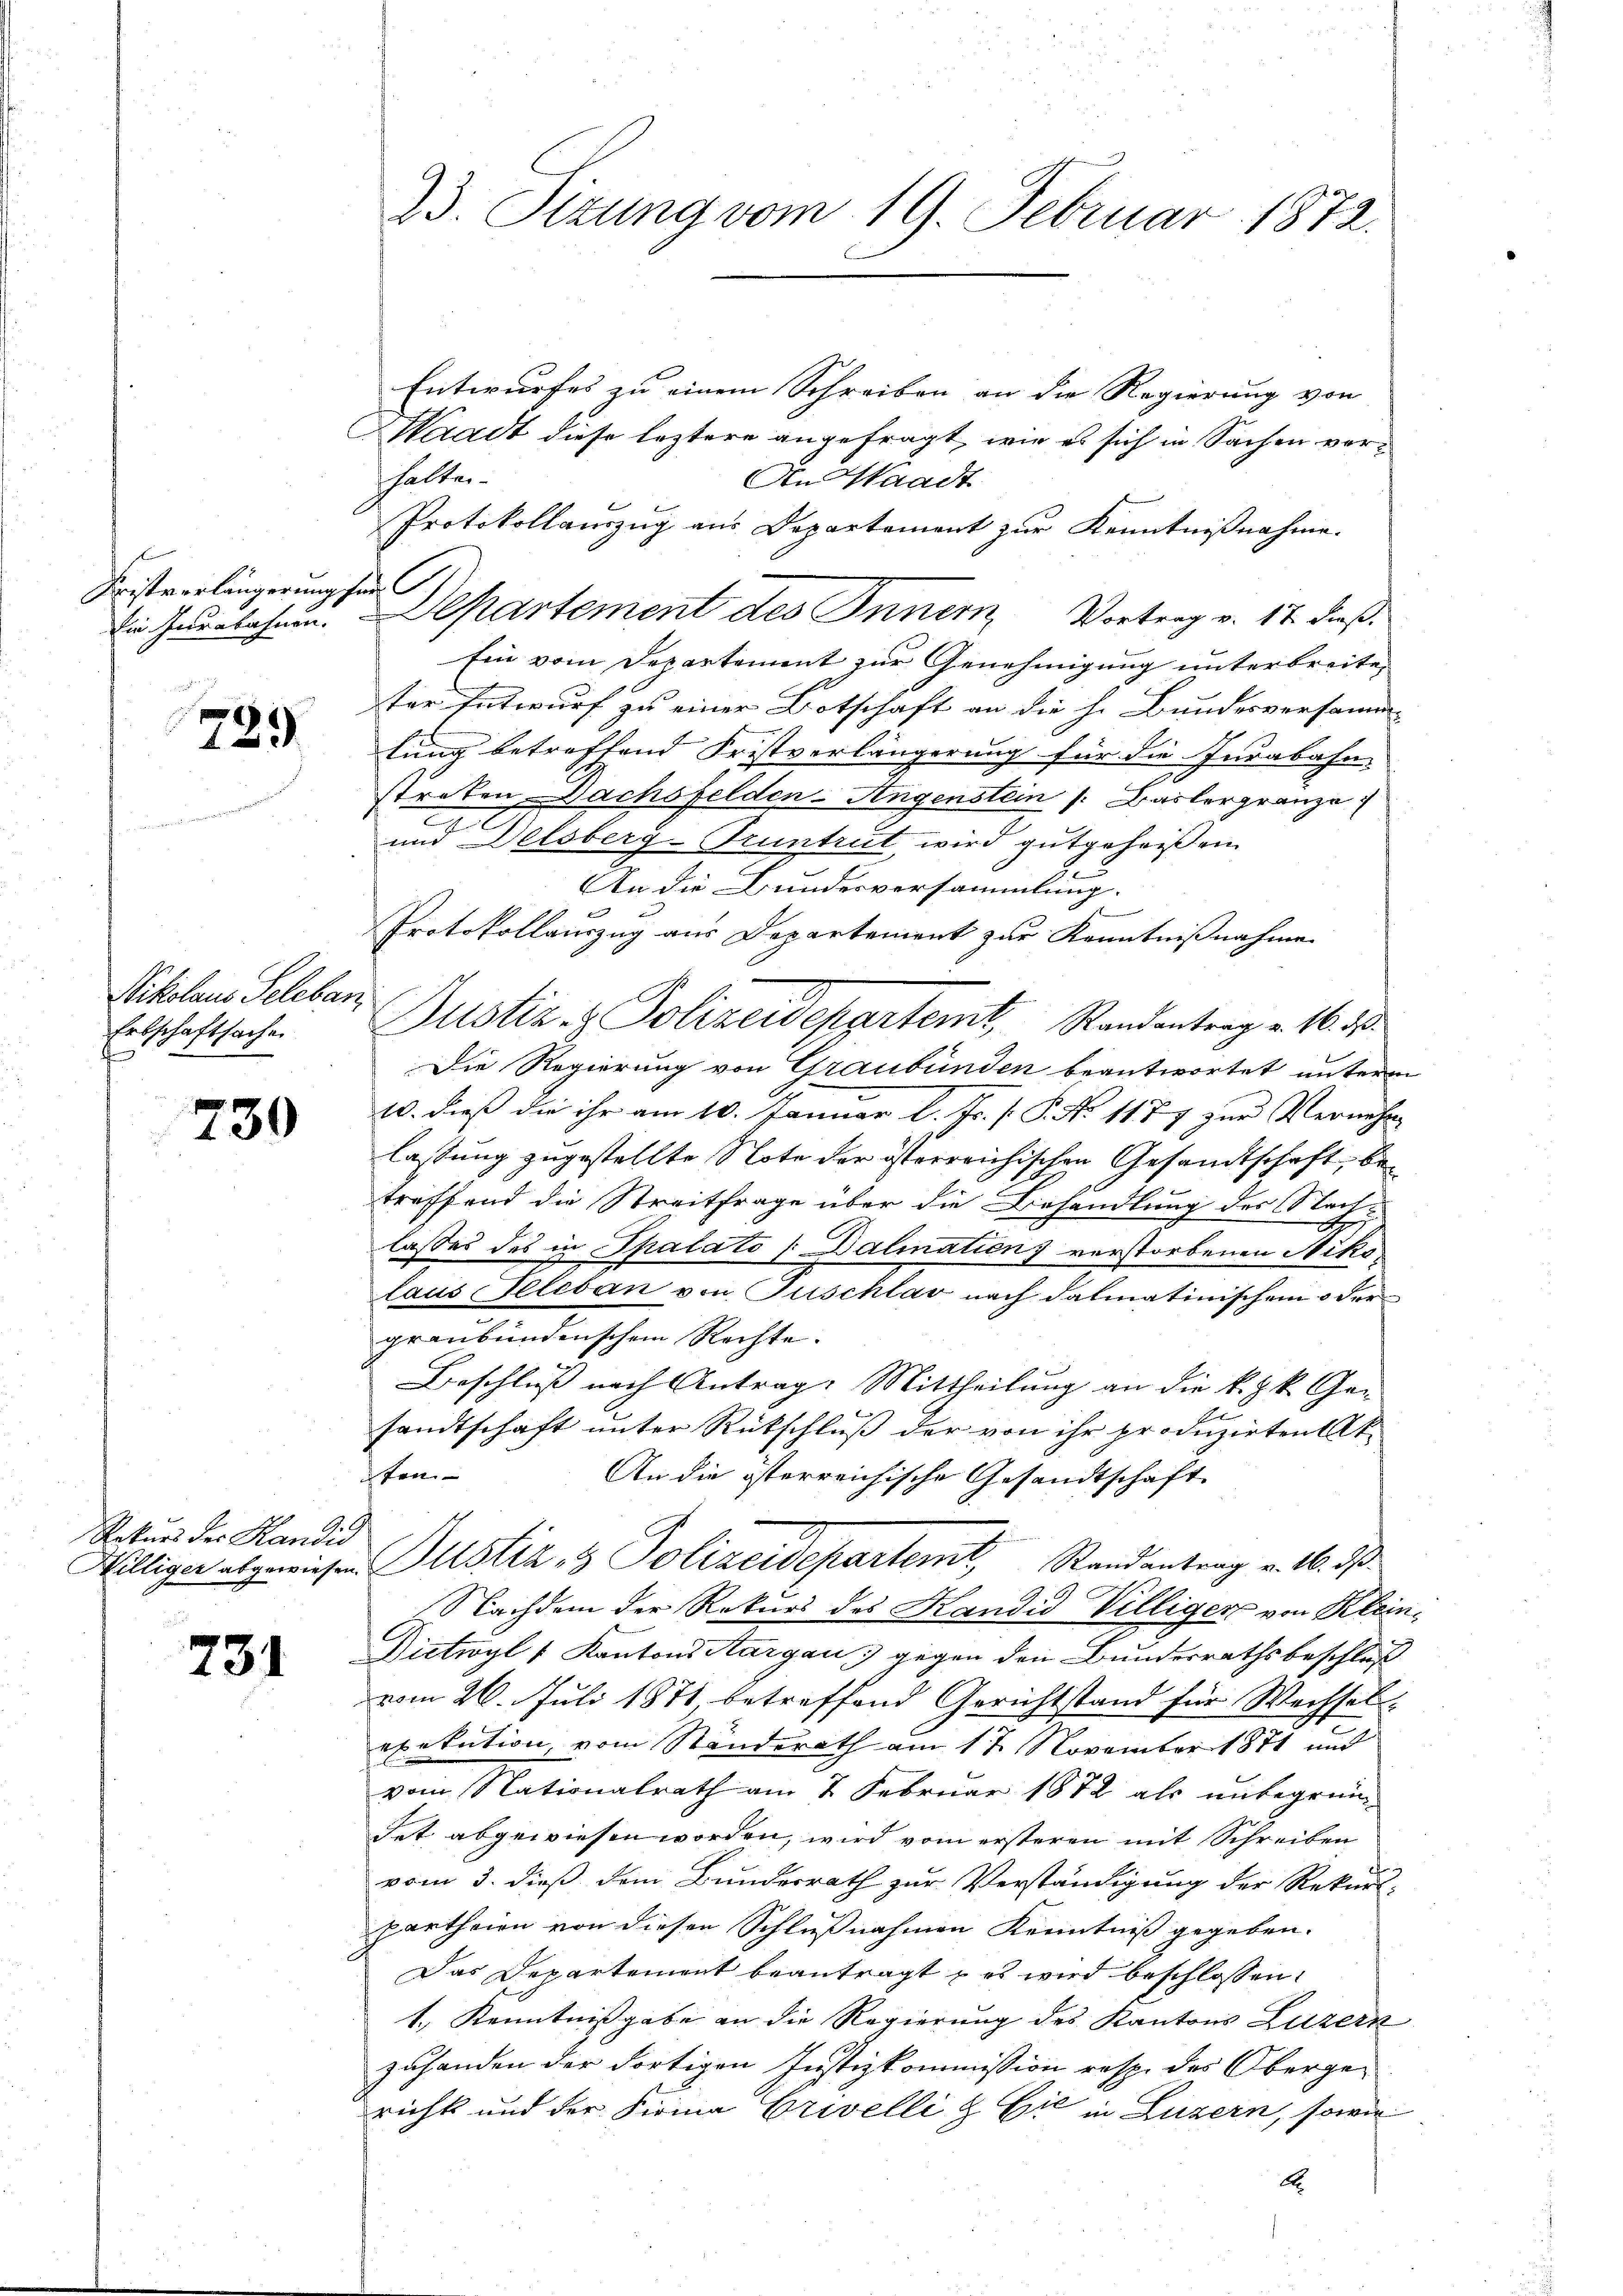
Fristverlängerung se
Die Indebahnen.

729.

Sikolaus Seleban
Erbschaftsache

730

Rekurs der Handid

731.

23. Sizung vom 19. Februar 1872.

Entwurfes zu einem Schreiben an die Regierung von
Waadt diese leztere angefragt, wie es sich in Sachen verhalten.
An Waadt
Protokollauszug aus Departement zur Kenntnißnahme.
Ein vom Departement zur Genehmigung unterbreite,
ter Entwurf zu einer Botschaft an die h. Bundesversamm
lung betreffend Fristverlängerung für die Jurabahn-
straten Dachsfelden-Augenstein /: Baslergränze
und Delsberg-Truntrut, wird gutgeheißen
An die Bundesversammlung.
Protokollauszug aus Departement zur Kenntnißnahme.
Justiz- & Polizeidepartemt. Randantrag v. 16. 18
Die Regierung von Graubünden beantwortet untern
10. dieß die ihr am 10. Januar l. Js. f. P. No 1177 zur Vernehm
lassung zugestellte Note der österreichischen Gesandtschaft, betreffend die Streitfrage über die Behandlung des Nachlasses des in Spalato [Dalination) verstorbenen Nikolaus Teleban von Tuschlav nach dalmatinischem oder
graubündenschem Rechte.
Beschluß nach Antrag: Mittheilung an die k. k. Gesandtschaft unter Rütschluß der von ihr produzirten Ak
ten- |
An die österreichische Gesandtschaft
Williger abgewiesen Justiz & Polizeidepartemt, Randantrag v. 10. ds.
Nachdem der Rekurs des Kandid Villiger von Klein
Dietwyl 1 Kantons Aargau, gegen den Bundesrathsbeschluß
vom 26. Juli 1871, betreffend Gerichtstand für Wechsel-
exekution, vom Ständerath am 17. November 1871 und
vom Nationalrath am 2 Februar 1872 als unbegrün¬
Fet abgewiesen worden, wird vom ersteren mit Schreiben
vom 3. dieß dem Bundesrath zur Verständigung der Rekurs-
partheien von diesen Schlußnahmen Kenntniß gegeben.
Das Departement beantragt es wird beschlossen:
1.) Kenntnißgabe an die Regierung des Kantons Luzern
zuhanden der dortigen Justizkommission resp. des Obergericht und der Firma Crivelli & Cie in Luzern, sowie

a

Departement des Innern, Vortrag v. 17. dieß.